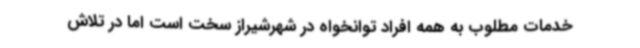
خدمات مطلوب به همه افراد توانخواه در شهرشیراز سخت است اما در تلاش